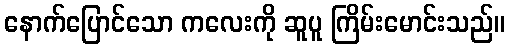
နောက်ပြောင်သော ကလေးကို ဆူပူ ကြိမ်းမောင်းသည်။